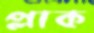
প্লাক